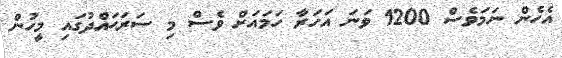
އެހެން ނަމަވެސް 1200 ވަނަ އަހަރާ ހަމައަށް ވެސް މި ސަރަޙައްދުގައި މީހުން